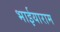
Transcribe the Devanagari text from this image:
भाईयाराम